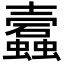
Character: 蠧